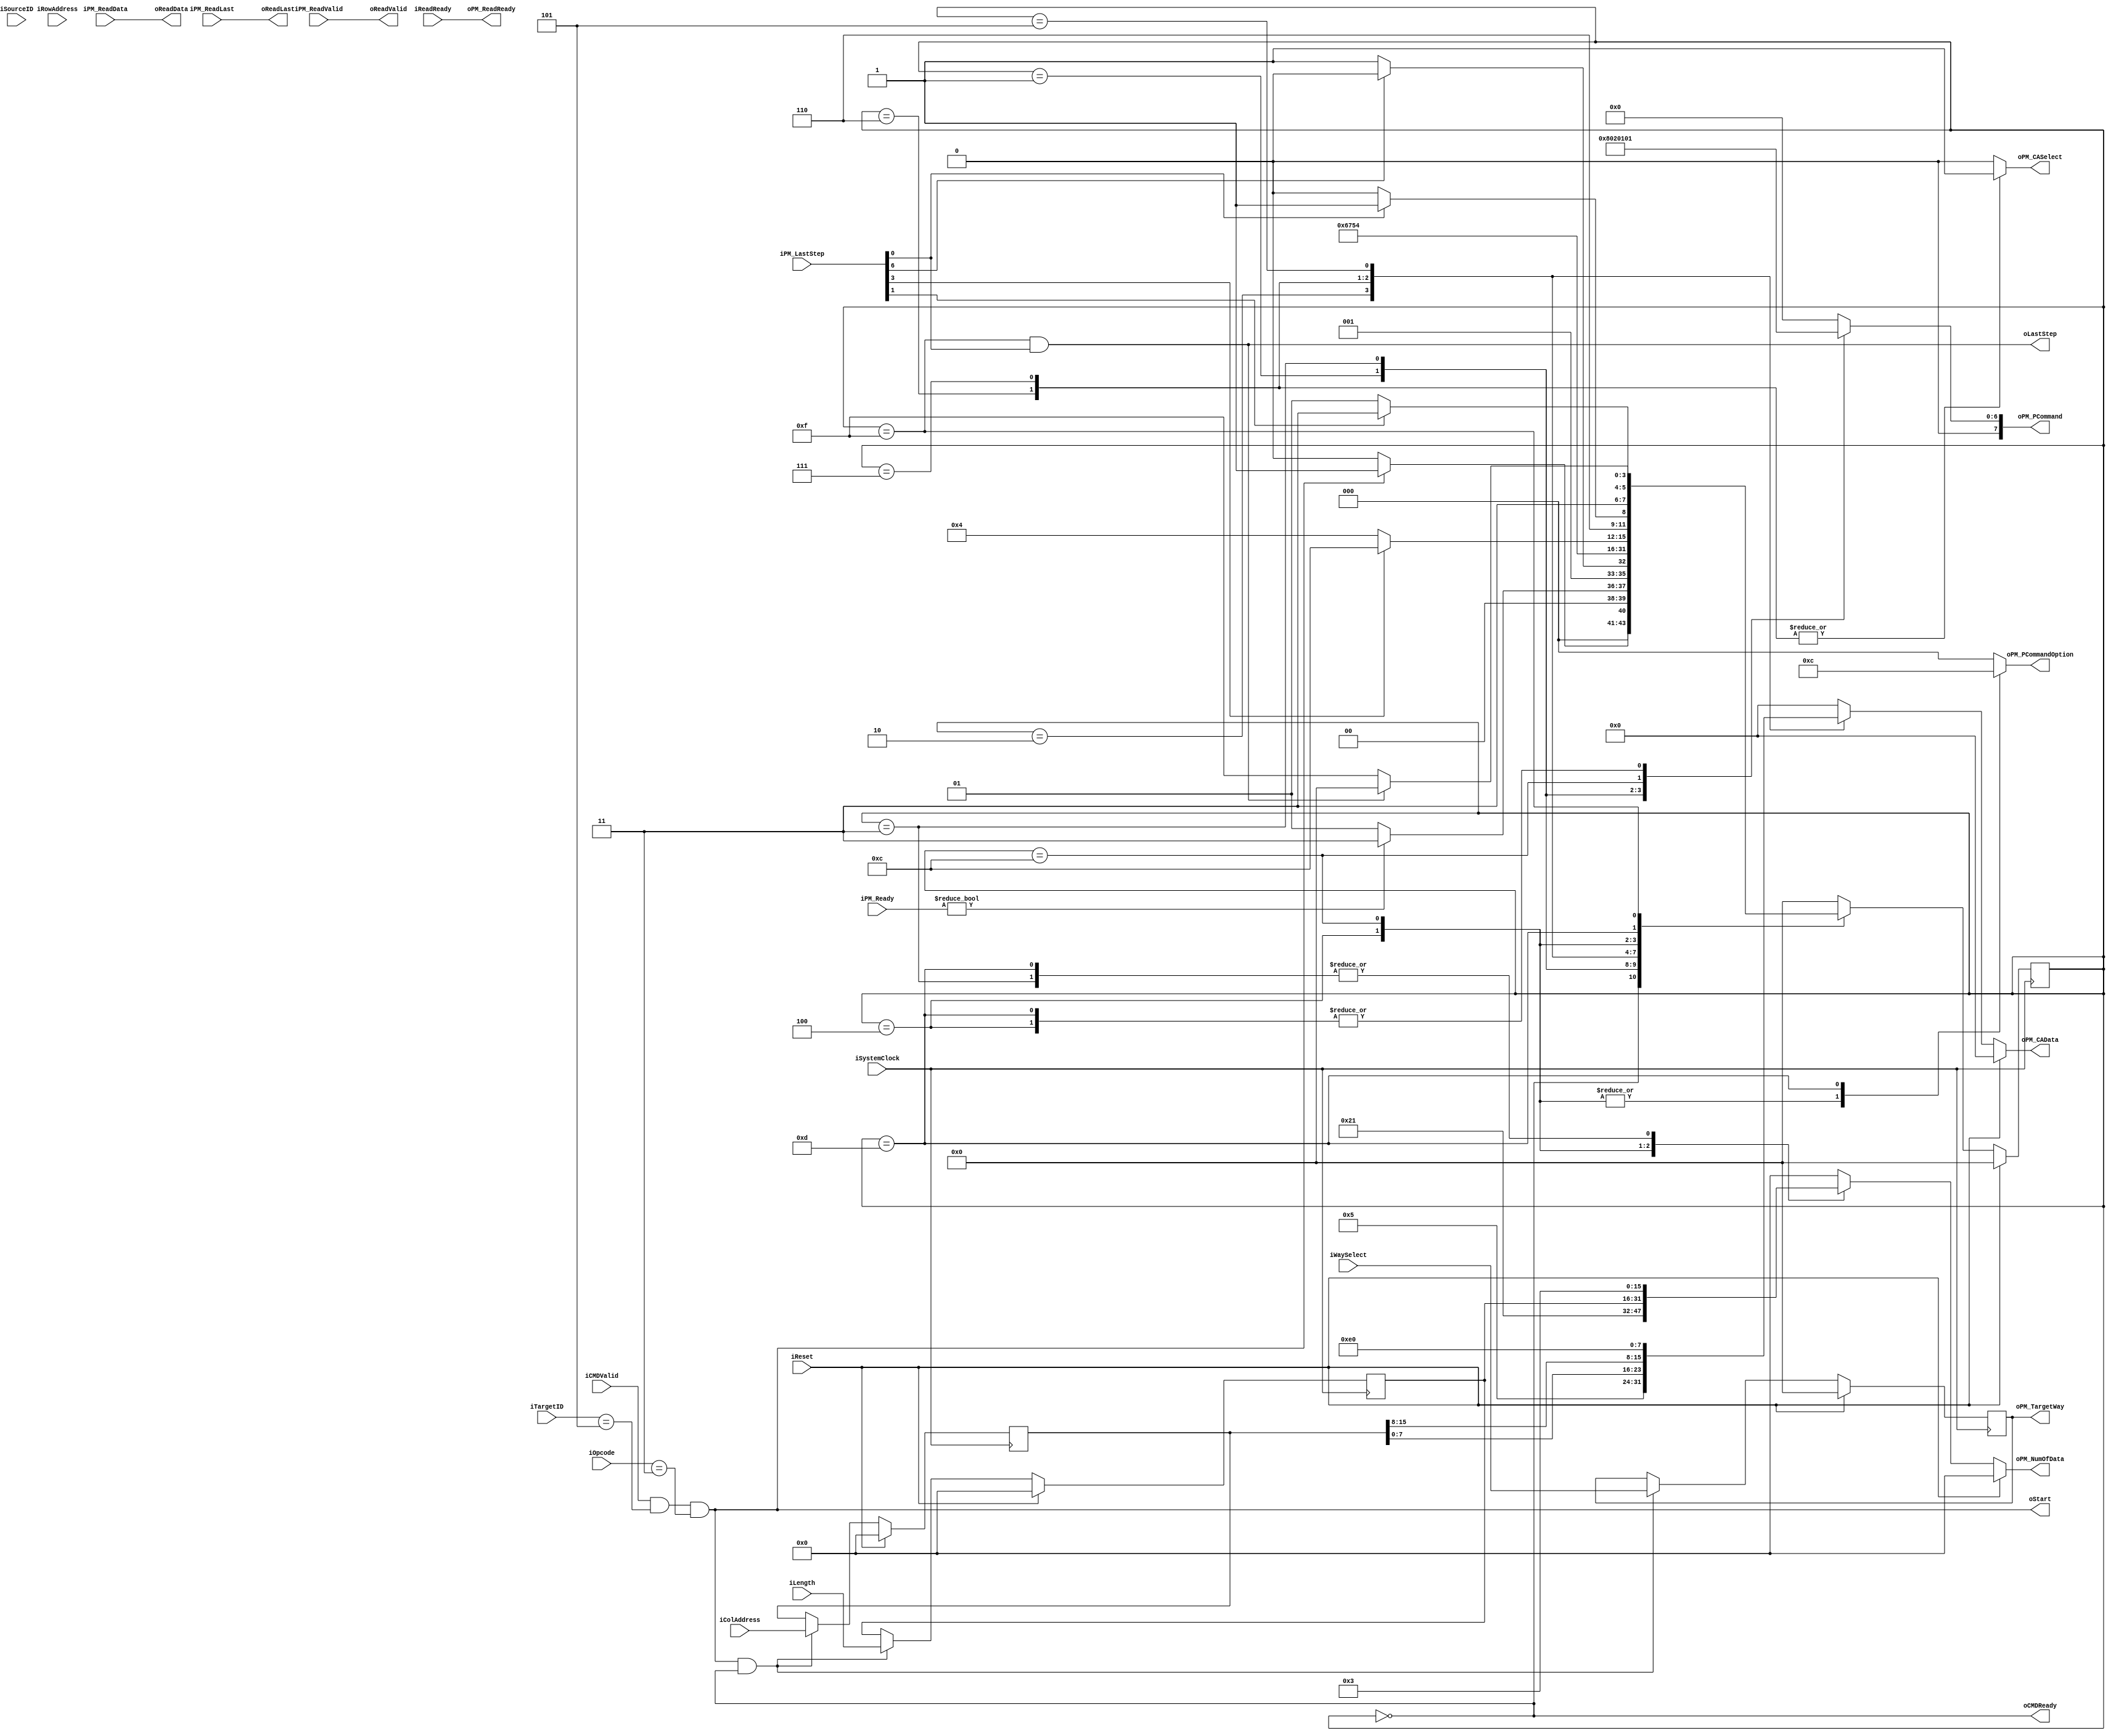
//////////////////////////////////////////////////////////////////////////////////
// NPCG_Toggle_BNC_P_read_DT00h for Cosmos OpenSSD
// Copyright (c) 2015 Hanyang University ENC Lab.
// Contributed by Kibin Park <kbpark@enc.hanyang.ac.kr>
//                Ilyong Jung <iyjung@enc.hanyang.ac.kr>
//                Yong Ho Song <yhsong@enc.hanyang.ac.kr>
//
// This file is part of Cosmos OpenSSD.
//
// Cosmos OpenSSD is free software; you can redistribute it and/or modify
// it under the terms of the GNU General Public License as published by
// the Free Software Foundation; either version 3, or (at your option)
// any later version.
//
// Cosmos OpenSSD is distributed in the hope that it will be useful,
// but WITHOUT ANY WARRANTY; without even the implied warranty of
// MERCHANTABILITY or FITNESS FOR A PARTICULAR PURPOSE.
// See the GNU General Public License for more details.
//
// You should have received a copy of the GNU General Public License
// along with Cosmos OpenSSD; see the file COPYING.
// If not, see <http://www.gnu.org/licenses/>. 
//////////////////////////////////////////////////////////////////////////////////

//////////////////////////////////////////////////////////////////////////////////
// Company: ENC Lab. <http://enc.hanyang.ac.kr>
// 
// Project Name: Cosmos OpenSSD
// Design Name: NPCG_Toggle_BNC_P_read_DT00h
// Module Name: NPCG_Toggle_BNC_P_read_DT00h
//
// Version: v1.0.0
//
// Description: Page read transfer FSM
//
//////////////////////////////////////////////////////////////////////////////////

//////////////////////////////////////////////////////////////////////////////////
// Revision History:
//
// * v1.0.0
//   - first draft
//////////////////////////////////////////////////////////////////////////////////
`timescale 1ns / 1ps

module NPCG_Toggle_BNC_P_read_DT00h
#
(
    parameter NumberOfWays    =   4
)
(
    iSystemClock        ,
    iReset              ,
    iOpcode             ,
    iTargetID           ,
    iSourceID           ,
    iLength             ,
    iCMDValid           ,
    oCMDReady           ,
    oReadData           ,
    oReadLast           ,
    oReadValid          ,
    iReadReady          ,
    iWaySelect          ,
    iColAddress         ,
    iRowAddress         ,
    oStart              ,
    oLastStep           ,
    iPM_Ready           ,
    iPM_LastStep        ,
    oPM_PCommand        ,
    oPM_PCommandOption  ,
    oPM_TargetWay       ,
    oPM_NumOfData       ,
    oPM_CASelect        ,
    oPM_CAData          ,
    iPM_ReadData        ,
    iPM_ReadLast        ,
    iPM_ReadValid       ,
    oPM_ReadReady
);
    input                           iSystemClock        ;
    input                           iReset              ;
    input   [5:0]                   iOpcode             ;
    input   [4:0]                   iTargetID           ;
    input   [4:0]                   iSourceID           ;
    input   [15:0]                  iLength             ;
    input                           iCMDValid           ;
    output                          oCMDReady           ;
    output  [31:0]                  oReadData           ;
    output                          oReadLast           ;
    output                          oReadValid          ;
    input                           iReadReady          ;
    input  [NumberOfWays - 1:0]     iWaySelect          ;
    input   [15:0]                  iColAddress             ;
    input   [23:0]                  iRowAddress             ;
    output                          oStart              ;
    output                          oLastStep           ;
    input   [7:0]                   iPM_Ready           ;
    input   [7:0]                   iPM_LastStep        ;
    output  [7:0]                   oPM_PCommand        ;
    output  [2:0]                   oPM_PCommandOption  ;
    output  [NumberOfWays - 1:0]    oPM_TargetWay       ;
    output  [15:0]                  oPM_NumOfData       ;
    output                          oPM_CASelect        ;
    output  [7:0]                   oPM_CAData          ;
    input   [31:0]                  iPM_ReadData        ;
    input                           iPM_ReadLast        ;
    input                           iPM_ReadValid       ;
    output                          oPM_ReadReady       ;

    reg [NumberOfWays - 1:0]    rTargetWay  ;
    reg [15:0]                  rColAddress ;
    reg [23:0]                  rRowAddress ;
    wire                        wModuleTriggered;
    
    reg [7:0]                   rPMTrigger  ;
    reg [2:0]                   rPCommandOption ;
    reg [15:0]                  rPMLength   ;
    reg [15:0]                  rTrfLength  ;
    
    reg [7:0]                   rCAData     ;
    reg                         rPMCommandOrAddress ;

    localparam  State_Idle          = 4'b0000   ;
    localparam  State_NPBRIssue     = 4'b0001   ;
    localparam  State_NCmdIssue     = 4'b0011   ;
    localparam  State_NCmdWrite0    = 4'b0010   ;
    localparam  State_NCmdWrite1    = 4'b0110   ;
    localparam  State_NCmdWrite2    = 4'b0111   ;
    localparam  State_NCmdWrite3    = 4'b0101   ;
    localparam  State_NTimer1Issue  = 4'b0100   ;
    localparam  State_DIIssue       = 4'b1100   ;
    localparam  State_NTimer2Issue  = 4'b1101   ;
    localparam  State_WaitDone      = 4'b1111   ;
    
    reg [3:0]   rCurState   ;
    reg [3:0]   rNextState  ;

    always @ (posedge iSystemClock)
        if (iReset)
            rCurState <= State_Idle;
        else
            rCurState <= rNextState;

    always @ (*)
        case (rCurState)
        State_Idle:
            rNextState <= (wModuleTriggered)?State_NPBRIssue:State_Idle;
        State_NPBRIssue:
            rNextState <= (iPM_Ready)?State_NCmdIssue:State_NPBRIssue;
        State_NCmdIssue:
            rNextState <= (iPM_LastStep[6])? State_NCmdWrite0:State_NCmdIssue;
        State_NCmdWrite0:
            rNextState <= State_NCmdWrite1;
        State_NCmdWrite1:
            rNextState <= State_NCmdWrite2;
        State_NCmdWrite2:
            rNextState <= State_NCmdWrite3;
        State_NCmdWrite3:
            rNextState <= State_NTimer1Issue;
        State_NTimer1Issue:
            rNextState <= (iPM_LastStep[3])? State_DIIssue:State_NTimer1Issue;
        State_DIIssue:
            rNextState <= (iPM_LastStep[0])? State_NTimer2Issue:State_DIIssue;
        State_NTimer2Issue:
            rNextState <= (iPM_LastStep[1])? State_WaitDone:State_NTimer2Issue;
        State_WaitDone:
            rNextState <= (oLastStep)?State_Idle:State_WaitDone;
        default:
            rNextState <= State_Idle;
        endcase
    
    assign wModuleTriggered = (iCMDValid && iTargetID == 5'b00101 && iOpcode == 6'b000011);
    assign oCMDReady = (rCurState == State_Idle);
    
    always @ (posedge iSystemClock)
        if (iReset)
        begin
            rTargetWay <= {(NumberOfWays){1'b0}};
            rTrfLength  <= 16'b0;
            rColAddress <= 16'b0;
            rRowAddress <= 24'b0;
        end
        else
            if (wModuleTriggered && (rCurState == State_Idle))
            begin
                rTargetWay  <= iWaySelect   ;
                rTrfLength  <= iLength      ;
                rColAddress <= iColAddress  ;
                rRowAddress <= iRowAddress  ;
            end
    
    always @ (*)
        case (rCurState)
        State_NPBRIssue:
            rPMTrigger <= 8'b0100_0000;
        State_NCmdIssue:
            rPMTrigger <= 8'b0000_1000;
        State_NTimer1Issue:
            rPMTrigger <= 8'b0000_0001;
        State_DIIssue:
            rPMTrigger <= 8'b0000_0010;
        State_NTimer2Issue:
            rPMTrigger <= 8'b0000_0001;
        default:
            rPMTrigger <= 8'b0000_0000;
        endcase
    
    always @ (*)
        case (rCurState)
        State_NTimer1Issue:
            rPCommandOption[2:0] <= 3'b001; // CE on
        State_DIIssue:
            rPCommandOption[2:0] <= 3'b001; // word access
        State_NTimer2Issue:
            rPCommandOption[2:0] <= 3'b100;
        default:
            rPCommandOption[2:0] <= 0;
        endcase
    
    always @ (*)
        if (iReset)
            rPMLength <= 0;
        else
            case (rCurState)
            State_NCmdIssue:
                rPMLength <= 16'd3;
            State_NTimer1Issue:
                rPMLength <= 16'd33; // 340 ns
            State_DIIssue:
                rPMLength <= rTrfLength;
            State_NTimer2Issue:
                rPMLength <= 16'd3; // 40 ns
            default:
                rPMLength <= 0;
            endcase
        
    always @ (*)
        case (rCurState)
        State_NCmdWrite0:
            rPMCommandOrAddress <= 1'b0;
        State_NCmdWrite1:
            rPMCommandOrAddress <= 1'b1;
        State_NCmdWrite2:
            rPMCommandOrAddress <= 1'b1;
        State_NCmdWrite3:
            rPMCommandOrAddress <= 1'b0;
        default:
            rPMCommandOrAddress <= 1'b0;
        endcase
    
    always @ (*)
        if (iReset)
            rCAData <= 0;
        else
            case (rCurState)
            State_NCmdWrite0:
                rCAData <= 8'h05;
            State_NCmdWrite1:
                rCAData <= rColAddress[7:0];
            State_NCmdWrite2:
                rCAData <= rColAddress[15:8];
            State_NCmdWrite3:
                rCAData <= 8'hE0;
            default:
                rCAData <= 0;
            endcase
    
    assign oStart = wModuleTriggered;
    assign oLastStep            = (rCurState == State_WaitDone) & iPM_LastStep[0];
    
    assign oReadData            = iPM_ReadData;
    assign oReadLast            = iPM_ReadLast;
    assign oReadValid           = iPM_ReadValid;
    assign oPM_ReadReady        = iReadReady;
    
    assign oPM_PCommand         = rPMTrigger;
    assign oPM_PCommandOption   = rPCommandOption; // CE on of PM_Timer, Word access of PM_DI
    assign oPM_TargetWay        = rTargetWay;
    assign oPM_NumOfData        = rPMLength ;
    assign oPM_CASelect         = rPMCommandOrAddress;
    assign oPM_CAData           = rCAData;
    
endmodule